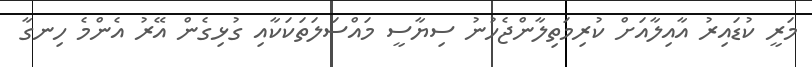
މަރީ ކުޑައިރު އާއިލާއަށް ކުރިމަތިލާންޖެހުނު ސިޔާސީ މައްސަލަތަކަކާއި ގުޅިގެން އޭރު އެންމެ ހިނގާ